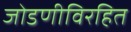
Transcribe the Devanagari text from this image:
जोडणीविरहित